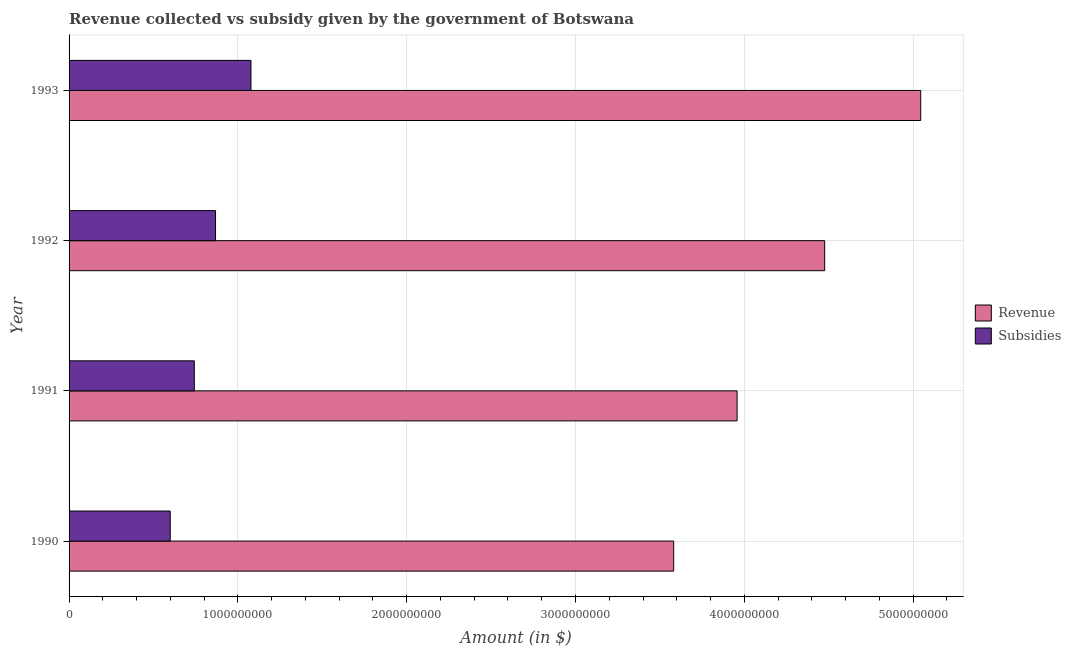
| Year | Revenue | Subsidies |
 | --- | --- | --- |
 | 1990 | 3.58e+09 | 5.99e+08 |
 | 1991 | 3.96e+09 | 7.42e+08 |
 | 1992 | 4.48e+09 | 8.68e+08 |
 | 1993 | 5.05e+09 | 1.08e+09 |